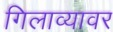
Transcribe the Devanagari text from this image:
गिलाव्यावर